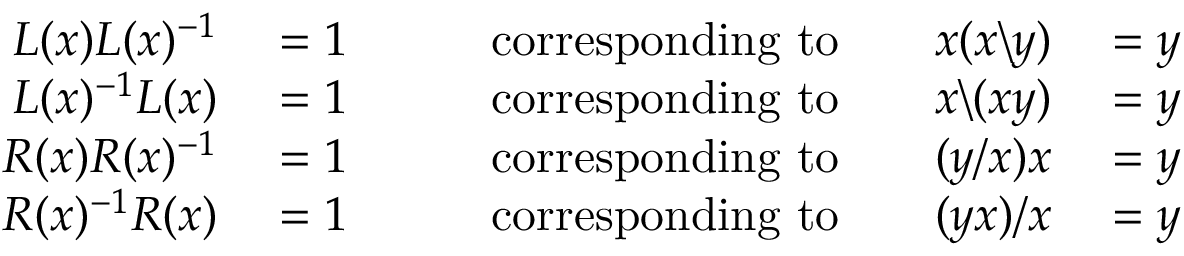
\begin{array} { r l r l } { L ( x ) L ( x ) ^ { - 1 } } & { { } = 1 \qquad } & { { \mathrm { c o r r e s p o n d i n g ~ t o } } \qquad x ( x \backslash y ) } & { { } = y } \\ { L ( x ) ^ { - 1 } L ( x ) } & { { } = 1 \qquad } & { { \mathrm { c o r r e s p o n d i n g ~ t o } } \qquad x \backslash ( x y ) } & { { } = y } \\ { R ( x ) R ( x ) ^ { - 1 } } & { { } = 1 \qquad } & { { \mathrm { c o r r e s p o n d i n g ~ t o } } \qquad ( y / x ) x } & { { } = y } \\ { R ( x ) ^ { - 1 } R ( x ) } & { { } = 1 \qquad } & { { \mathrm { c o r r e s p o n d i n g ~ t o } } \qquad ( y x ) / x } & { { } = y } \end{array}